Eesti_Vabariigi_Tartu_Ulikool, lk 80
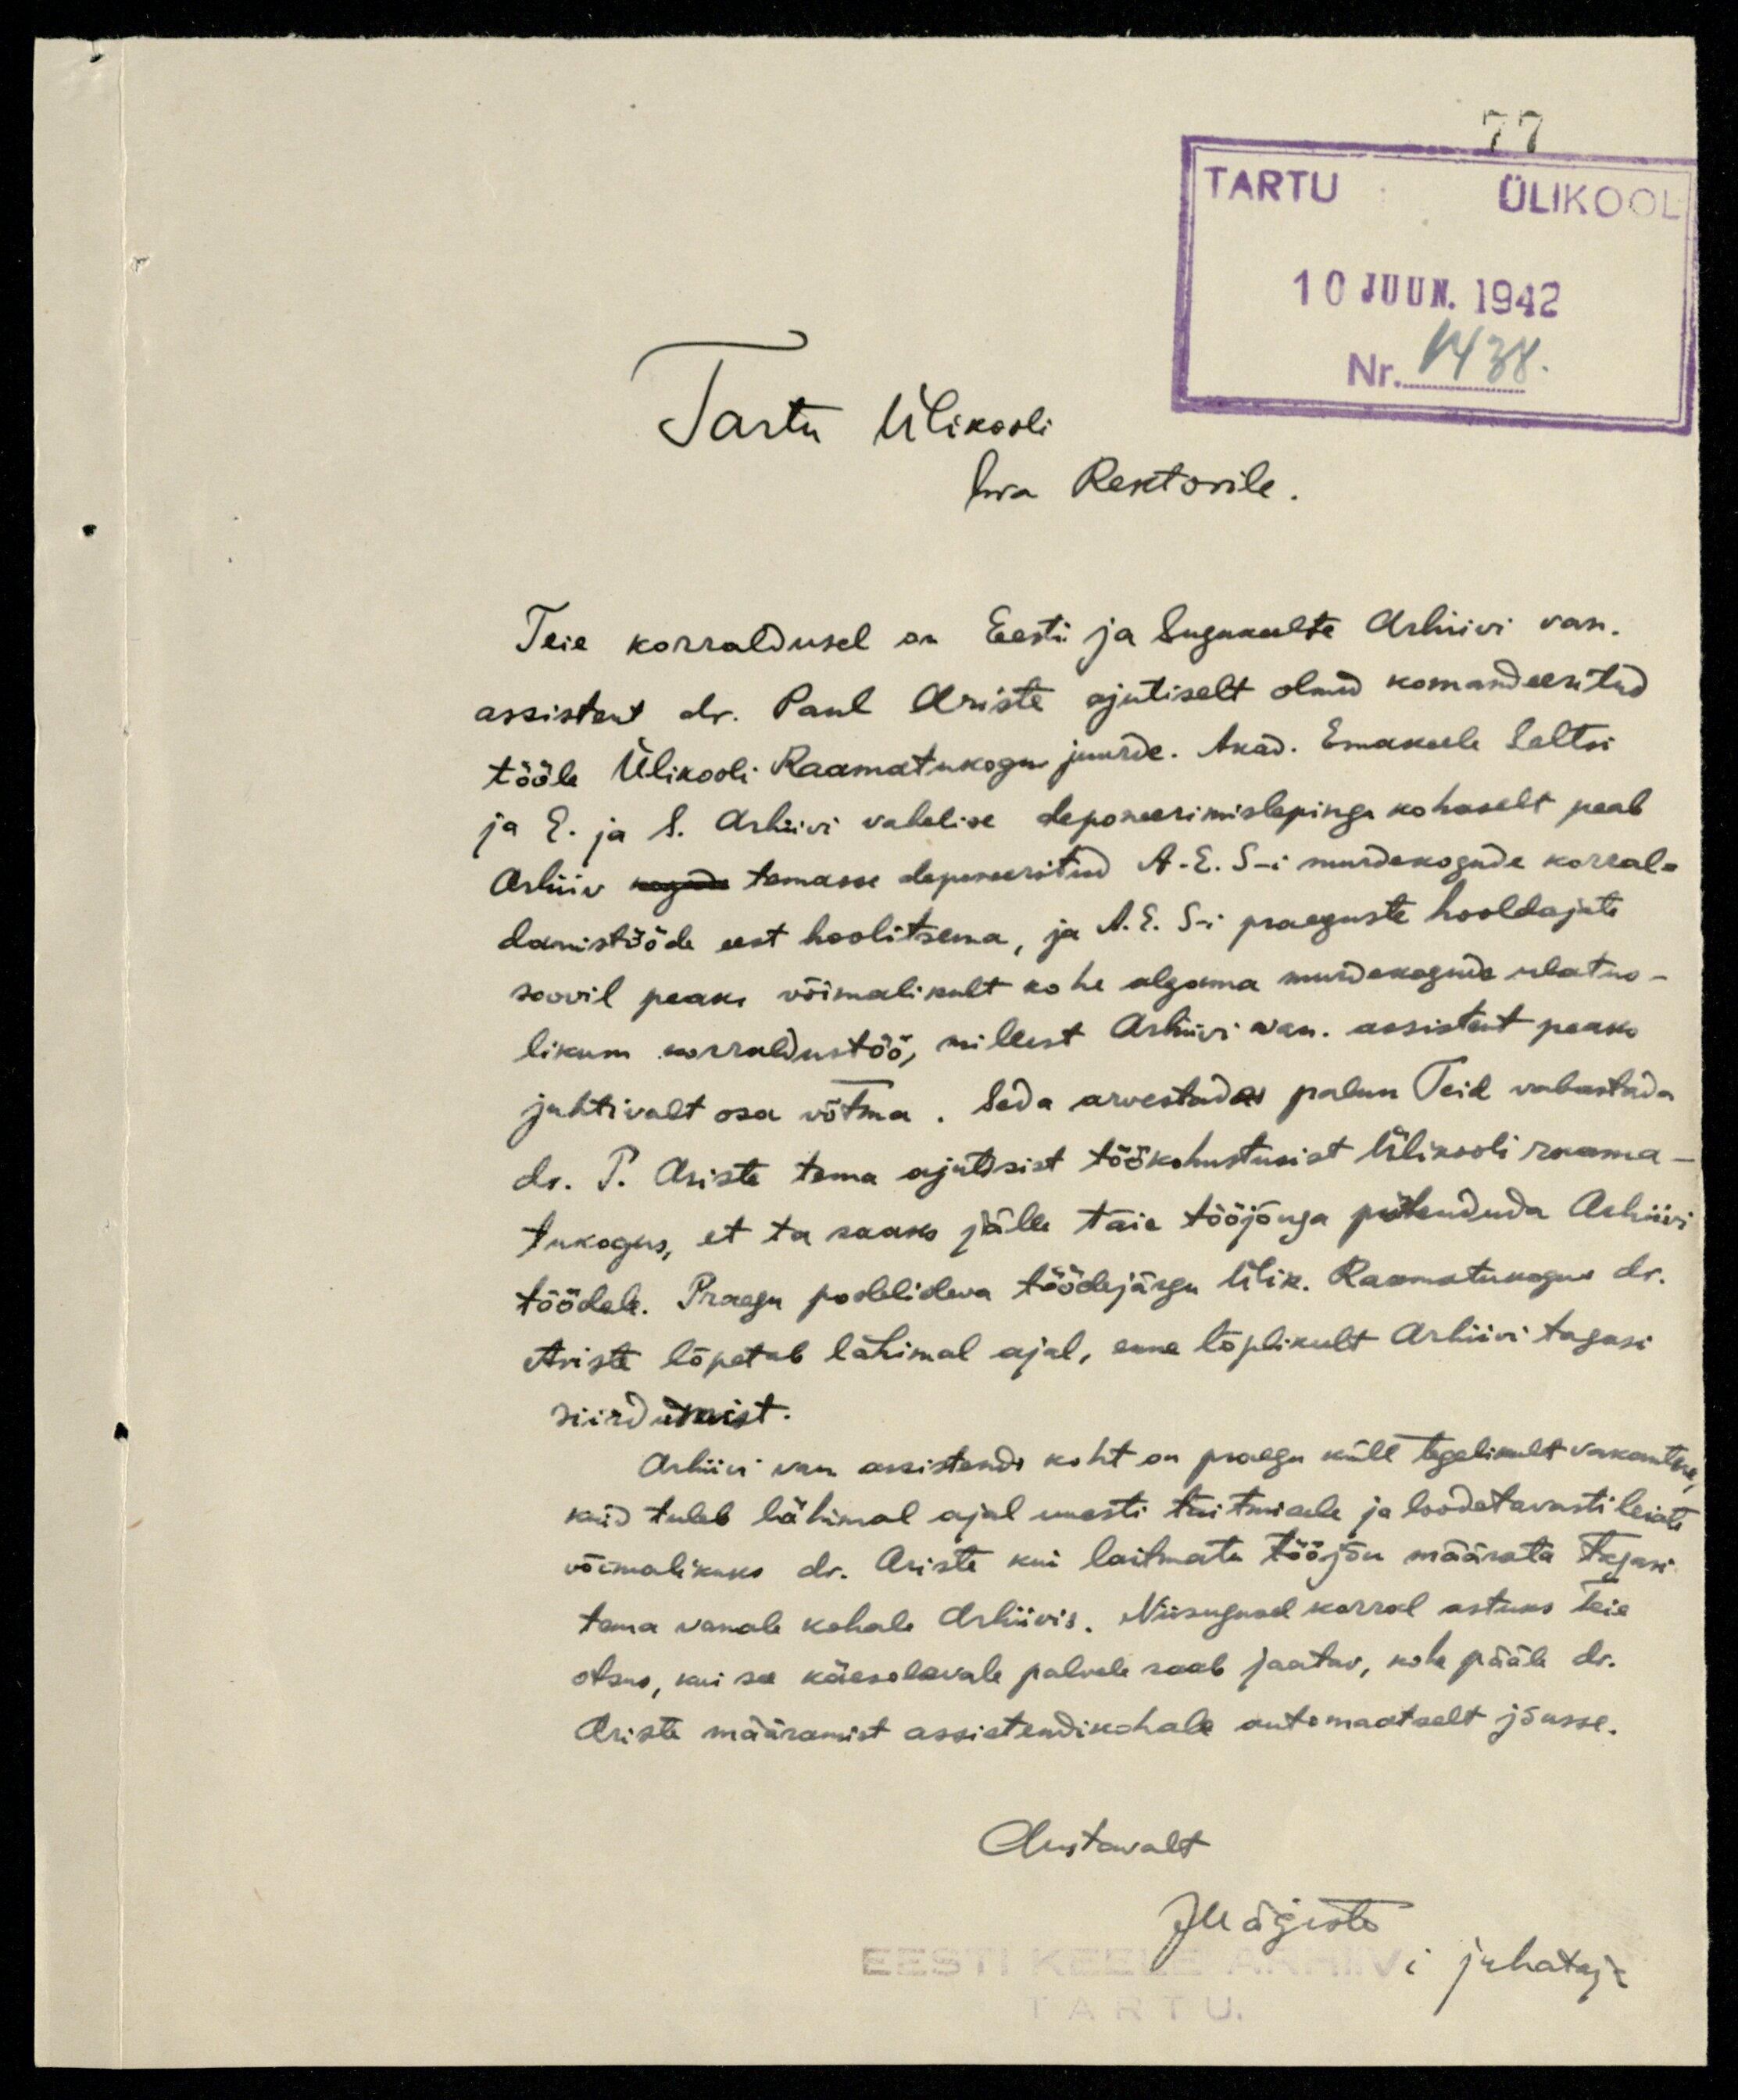
77
TARTU
ÜLIKOOL
10 JUUN. 1942
Nr. 1438.
Tartu Ülikooli
hra Rektorile.
Teie korraldusel on Eesti ja Sugukeelte Arhiivi van.
assistent dr. Paul Ariste ajutiselt olnud komandeeritud
tööle Ülikooli Raamatukogu juurde. Akad. Emakeele Seltsi
ja E. ja S. Arhiivi vahelise deponeerimislepingu kohaselt peab
Arhiiiv kogud temasse deponeeritud A.E.S-i murdekogude korral-
damistööde eest hoolitsema, ja A. E. S-i praeguste hooldajate
soovil peaks võimalikult kohe algama murdekogude ulatus-
likum korraldustöö, millest Arhiivi van. assistent peaks
juhtivalt osa võtma. Seda arvestades palun Teil vabastada
dr. P. Ariste tema ajutisist töökohustusist Ülikooli raama-
tukogus, et ta saaks jälle täie tööjõuga pühenduda Arhiivi
töödele. Praegu poolelioleva töödejärgu Ülik. Raamatukogus dr.
Ariste lõpetab lähimal ajal, enne lõplikult Arhiivi tagasi
siirdumist.
Arhiivi van. assistendi koht on praegu küll tegelikult vakantne,
kuid tuleb lähimal ajal uuesti täitmisele ja loodetavasti leiate
võimalikuks dr. Ariste kui laitmatu tööjõu määrata tagasi
tema vanale kohale Arhiivis. Niisugusel korral astuks Teie
otsus, kui see käesolevale palvele saab jaatav, kohe pääle dr.
Ariste määramist assistendikohale automaatselt jõusse.
Austavalt
JMägiste
EESTI KEELE ARHIIVi juhataja
TARTU.